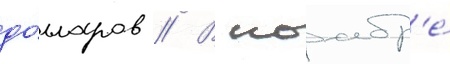
до́лларов // В ноабр'е́